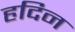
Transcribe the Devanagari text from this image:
हदिन